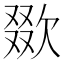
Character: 欼